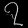
Digit: ၇